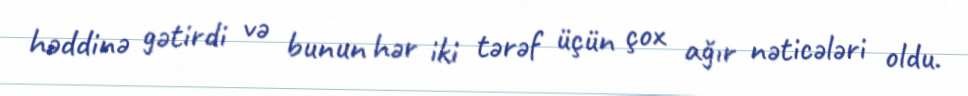
həddinə gətirdi və bunun hər iki tərəf üçün çox ağır nəticələri oldu.